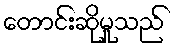
တောင်းဆိုမှုသည်